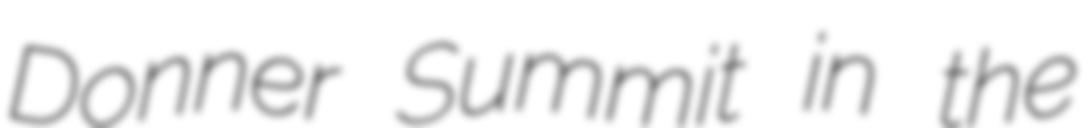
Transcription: Donner Summit in the